Theory and practice of anti-rabic immunisation - Number 30
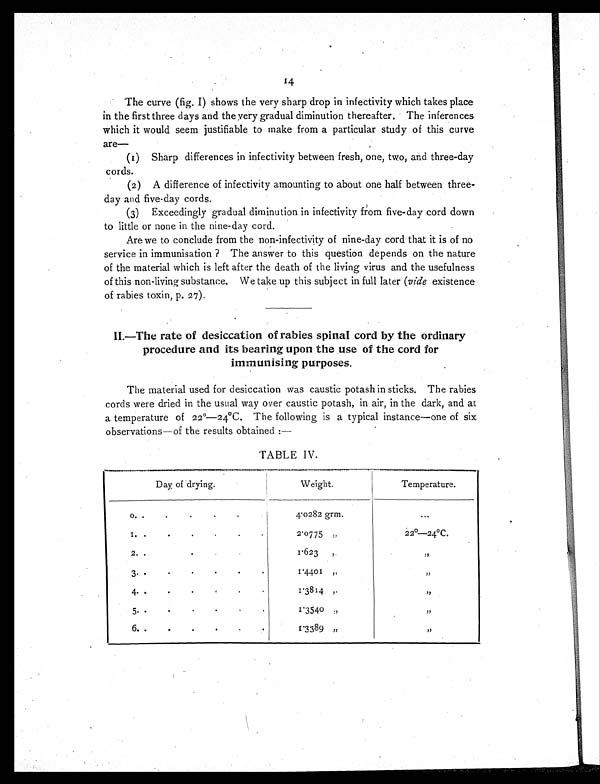
The curve (fig. I) shows the very sharp drop in infectivity which takes place
in the first three days and the very gradual diminution thereafter. The inferences
which it would seem justifiable to make from a particular study of this curve
are
—
(1) Sharp differences in infectivity between fresh, one, two, and three-day
cords.
(2) A difference of infectivity amounting to about one half between three-
day and five-day cords.
(3) Exceedingly gradual diminution in infectivity from five-day cord down
to little or none in the nine-day cord.
Are we to conclude from the non-infectivity of nine-day cord that it is of no
service in immunisation ? The answer to this question depends on the nature
of the material which is left after the death of the living virus and the usefulness
of this non-living substance. We take up this subject in full later (vide existence
of rabies toxin, p. 27).
II.—The rate of desiccation of rabies spinal cord by the ordinary
procedure and its bearing upon the use of the cord for
immunising purposes.
The material used for desiccation was caustic potash in sticks. The rabies
cords were dried in the usual way over caustic potash, in air, in the dark, and at
a temperature of 22°— 24ºC. The following is a typical instance
—
one of six
observations—of the results obtained :—
TABLE IV.
Day of drying.
Weight.
Temperature.
o.
• . .
4.0282 grm.
. . .
•
I.
•
•
2.0775 ,,
22 º
—
2 4°C .
2. .
.
1 . 6 2 3 , ,
, ,
3. •
.
1 . 4 4 0 1 , ,
, ,
4.
•
•
•
.
1 . 3 8 1 4 , ,
, ,
5. .
1.3540 ,,
, ,
6. .
.
•
1 . 3 3 8 9 , ,
, ,